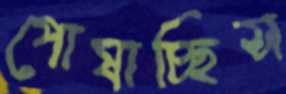
পোষাচ্ছিস